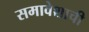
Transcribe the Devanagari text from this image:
समावेशाची